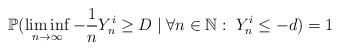
\begin{align*} \mathbb P(\liminf_{n \rightarrow \infty} -\frac{1}{n}Y^i_n \geq D \mid \forall n \in \mathbb N:\; Y^i_n \leq -d) = 1\end{align*}